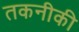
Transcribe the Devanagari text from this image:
तकनीकी